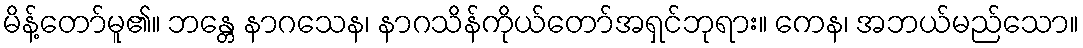
မိန့်တော်မူ၏။ ဘန္တေ နာဂသေန၊ နာဂသိန်ကိုယ်တော်အရှင်ဘုရား။ ကေန၊ အဘယ်မည်သော။